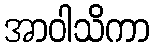
အာဝါသိကာ